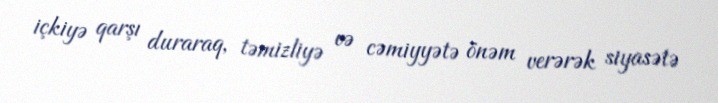
içkiyə qarşı duraraq, təmizliyə və cəmiyyətə önəm verərək siyasətə